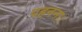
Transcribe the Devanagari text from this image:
पहनना।